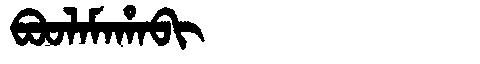
Manchu: ᠪᠣᠣᠯᠠᠮᠠᡥᠠᠪᡳ
Romanization: BOOLAMAHABI